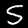
Label: 5